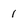
Character: 1